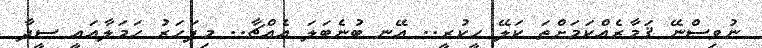
ނުވިސްނޭ ޤަމާރެއްކަމަށްތަ ކަލޭ ހީކުރީ.. އޭނ ބުނެބަލަ އެއްޗާ.. މިފަހަރު ހަމަލާއައީ ސީދާ